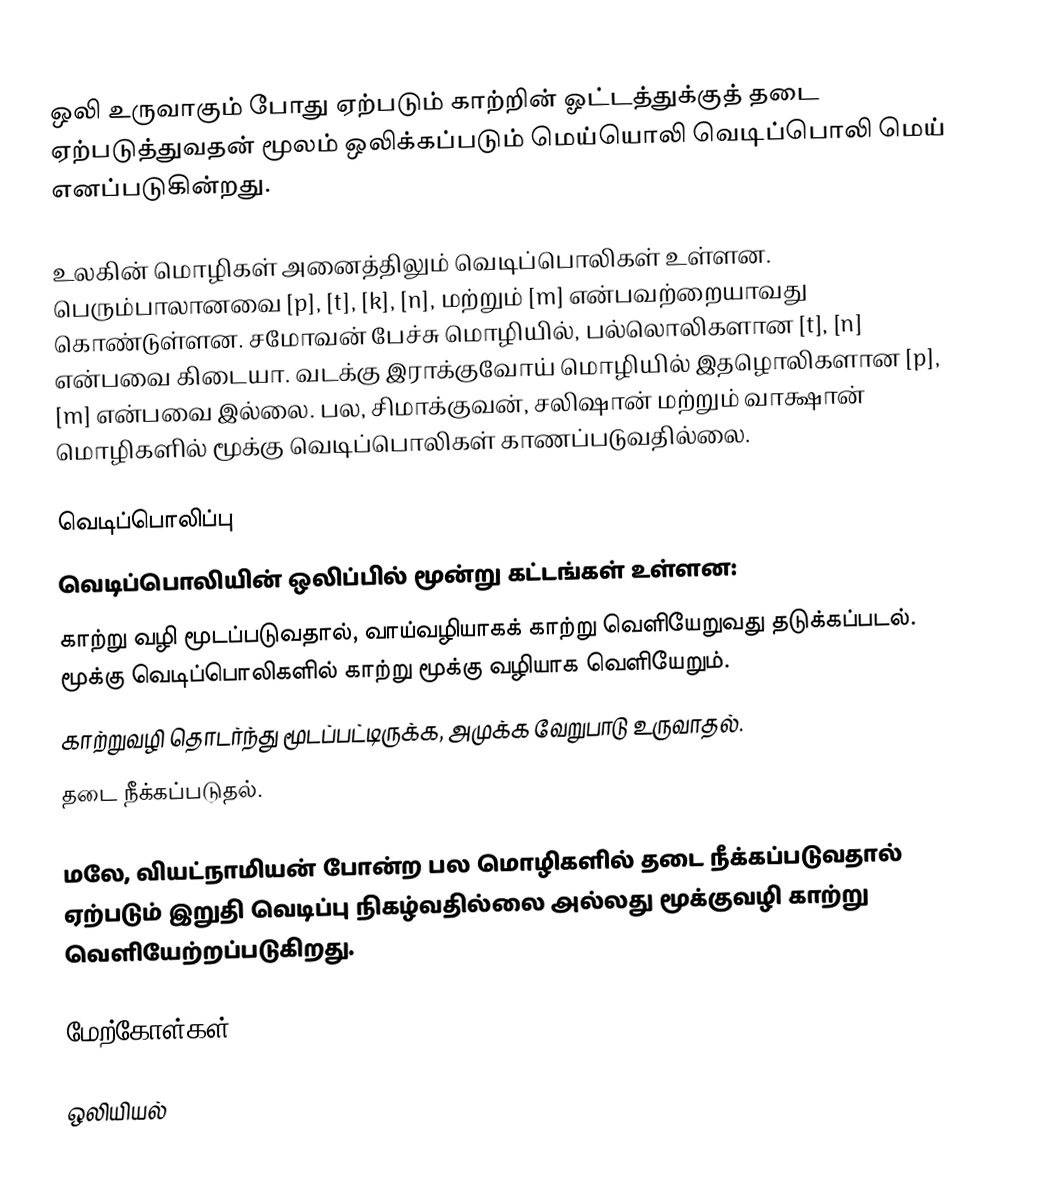
ஒலி உருவாகும் போது ஏற்படும் காற்றின் ஓட்டத்துக்குத் தடை ஏற்படுத்துவதன் மூலம் ஒலிக்கப்படும் மெய்யொலி வெடிப்பொலி மெய் எனப்படுகின்றது.

உலகின் மொழிகள் அனைத்திலும் வெடிப்பொலிகள் உள்ளன. பெரும்பாலானவை [p], [t], [k], [n], மற்றும் [m] என்பவற்றையாவது கொண்டுள்ளன. சமோவன் பேச்சு மொழியில், பல்லொலிகளான [t], [n] என்பவை கிடையா. வடக்கு இராக்குவோய் மொழியில் இதழொலிகளான [p], [m] என்பவை இல்லை. பல, சிமாக்குவன், சலிஷான் மற்றும் வாக்ஷான் மொழிகளில் மூக்கு வெடிப்பொலிகள் காணப்படுவதில்லை.

வெடிப்பொலிப்பு
வெடிப்பொலியின் ஒலிப்பில் மூன்று கட்டங்கள் உள்ளன:
 காற்று வழி மூடப்படுவதால், வாய்வழியாகக் காற்று வெளியேறுவது தடுக்கப்படல். மூக்கு வெடிப்பொலிகளில் காற்று மூக்கு வழியாக வெளியேறும்.
 காற்றுவழி தொடர்ந்து மூடப்பட்டிருக்க, அமுக்க வேறுபாடு உருவாதல்.
 தடை நீக்கப்படுதல்.

மலே, வியட்நாமியன் போன்ற பல மொழிகளில் தடை நீக்கப்படுவதால் ஏற்படும் இறுதி வெடிப்பு நிகழ்வதில்லை அல்லது மூக்குவழி காற்று வெளியேற்றப்படுகிறது.

மேற்கோள்கள்

ஒலியியல்